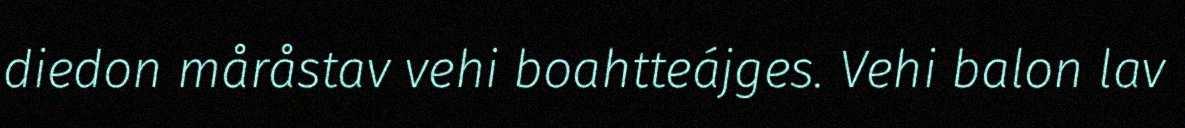
diedon måråstav vehi boahtteájges. Vehi balon lav